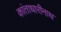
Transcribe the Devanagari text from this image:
कांताधारीनाथ